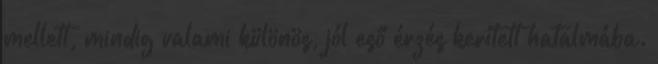
mellett, mindig valami különös, jól eső érzés kerített hatalmába.